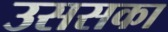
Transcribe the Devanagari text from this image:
उससका